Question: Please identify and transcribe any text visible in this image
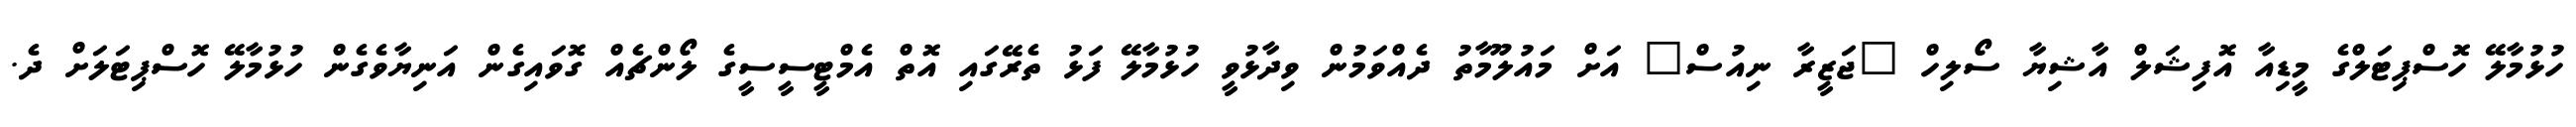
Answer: ހުޅުމާލޭ ހޮސްޕިޓަލްގެ މީޑިއާ އޮފިޝަލް އާޝިޔާ ސޯލިހް "ޖަޒީރާ ނިއުސް" އަށް މައުލޫމާތު ދެއްވަމުން ވިދާޅުވީ ހުޅުމާލޭ ފަޅު ތެރޭގައި އޮތް އެމްޓީސީސީގެ ލޯންޗެއް ގޮވައިގެން އަނިޔާވެގެން ހުޅުމާލޭ ހޮސްޕިޓަލަށް ދެ.